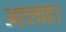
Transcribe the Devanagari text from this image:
अएलाह।